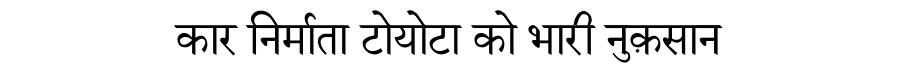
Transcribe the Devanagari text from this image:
कार निर्माता टोयोटा को भारी नुक़सान